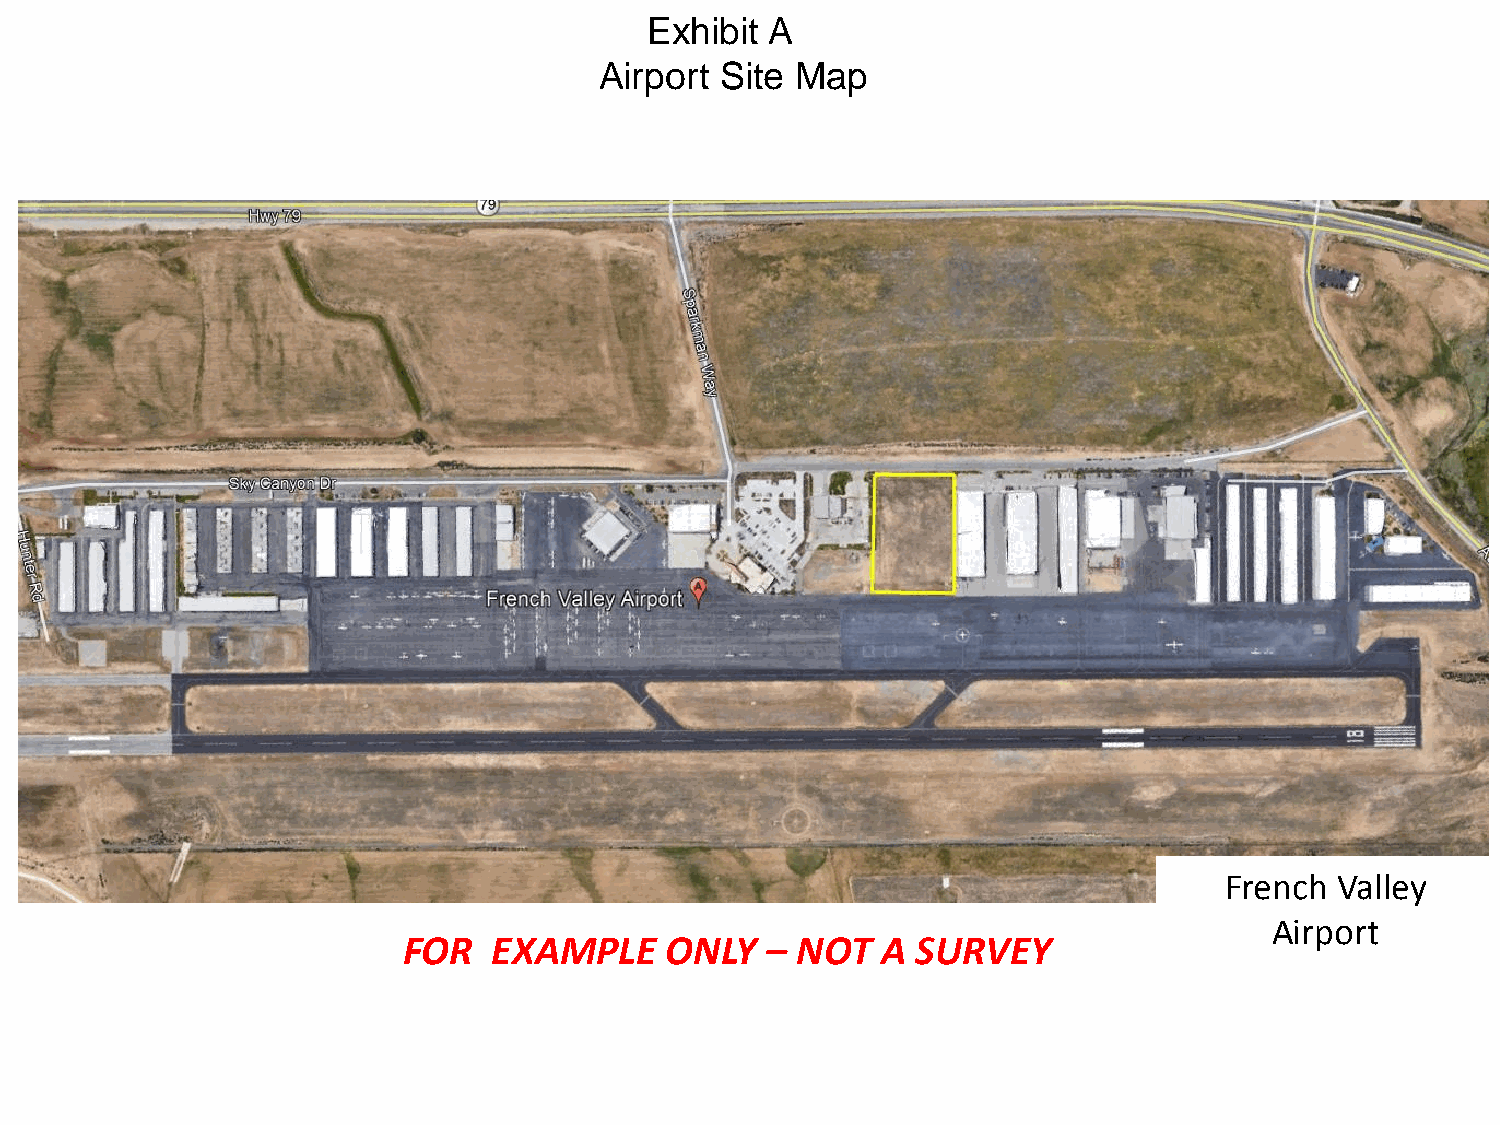
Exhibit A
 Airport Site Map
 French  Valley
 Airport
 FOR   EXAMPLE    ONLY   – NOT  A  SURVEY